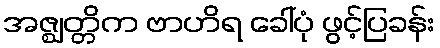
အဇ္ဈတ္တိက ဗာဟိရ ခေါ်ပုံ ဖွင့်ပြခန်း